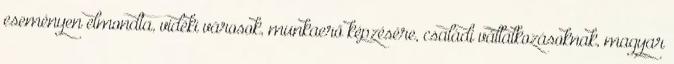
eseményen elmondta, vidéki városok, munkaerő képzésére, családi vállalkozásoknak, magyar